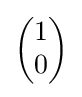
\textstyle {\begin{pmatrix}1\\0\end{pmatrix}}